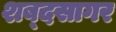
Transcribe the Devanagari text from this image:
शब्‍दसागर